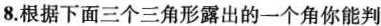
8.根据下面三个三角形露出的一个角你能判